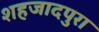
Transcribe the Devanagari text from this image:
शहजादपुरा